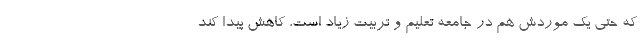
که حتی یک موردش هم در جامعه تعلیم و تربیت زیاد است، کاهش پیدا کند